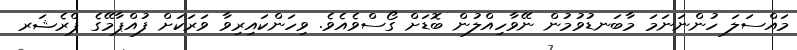
މައްސަލަ ހުންނަނަމަ މާބަނޑުވުމުން ނޭވާހިއްލުން ބޮޑަށް ގޯސްވެއެވެ. ވިހަންކައިރިވާ ވަރަކަށް ފުއްޕާމޭގެ ޕްރެޝަރ